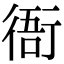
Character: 衙